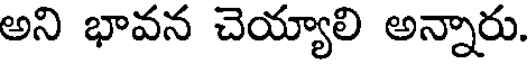
అని భావన చెయ్యాలి అన్నారు.